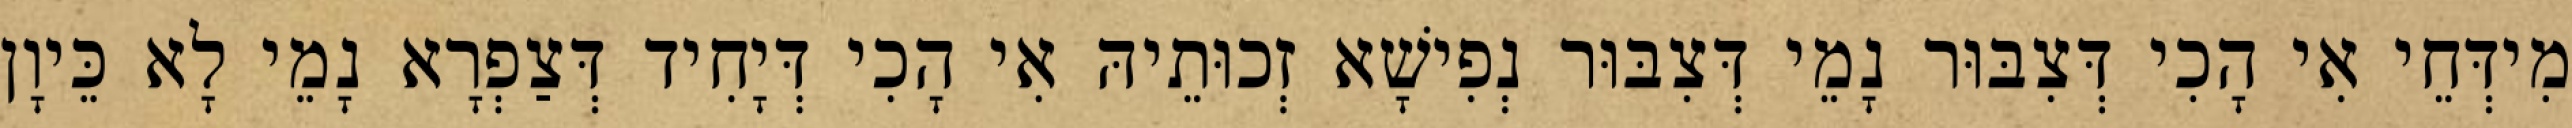
מִידְּחֵי אִי הָכִי דְּצִבּוּר נָמֵי דְּצִבּוּר נְפִישָׁא זְכוּתֵיהּ אִי הָכִי דְּיָחִיד דְּצַפְרָא נָמֵי לָא כֵּיוָן